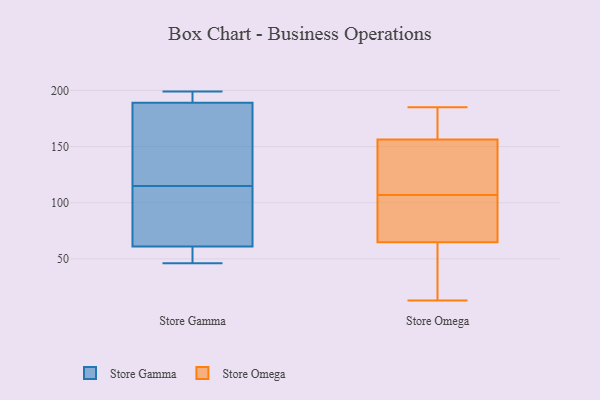
{"axis": {"x": "Temperature (°C)", "y": "Value"}, "legend": ["Store Gamma", "Store Omega"], "data": [{"x": "", "y": 74, "type": "Store Gamma"}, {"x": "", "y": 192, "type": "Store Gamma"}, {"x": "", "y": 156, "type": "Store Gamma"}, {"x": "", "y": 199, "type": "Store Gamma"}, {"x": "", "y": 72, "type": "Store Gamma"}, {"x": "", "y": 176, "type": "Store Gamma"}, {"x": "", "y": 189, "type": "Store Gamma"}, {"x": "", "y": 46, "type": "Store Gamma"}, {"x": "", "y": 61, "type": "Store Gamma"}, {"x": "", "y": 50, "type": "Store Gamma"}, {"x": "", "y": 30, "type": "Store Omega"}, {"x": "", "y": 104, "type": "Store Omega"}, {"x": "", "y": 171, "type": "Store Omega"}, {"x": "", "y": 66, "type": "Store Omega"}, {"x": "", "y": 185, "type": "Store Omega"}, {"x": "", "y": 137, "type": "Store Omega"}, {"x": "", "y": 156, "type": "Store Omega"}, {"x": "", "y": 33, "type": "Store Omega"}, {"x": "", "y": 157, "type": "Store Omega"}, {"x": "", "y": 122, "type": "Store Omega"}, {"x": "", "y": 87, "type": "Store Omega"}, {"x": "", "y": 105, "type": "Store Omega"}, {"x": "", "y": 155, "type": "Store Omega"}, {"x": "", "y": 175, "type": "Store Omega"}, {"x": "", "y": 13, "type": "Store Omega"}, {"x": "", "y": 61, "type": "Store Omega"}, {"x": "", "y": 107, "type": "Store Omega"}]}